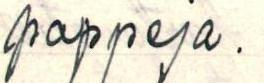
pappeja.